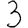
Digit: 3